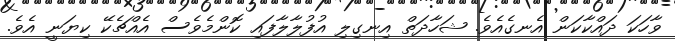
ވާހަކަ ދައްކާކަން އެނގެއެވެ. ޝަހާދަތް އިނގިލި އުފުލާލާފައި ކޮންމެވެސް އެއްޗެކޭ ކިޔަނީ އެވެ.